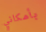
بأمكاني